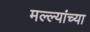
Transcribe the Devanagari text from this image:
मल्ल्यांच्या